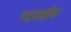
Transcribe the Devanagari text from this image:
गटतसेच